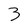
Character: 3